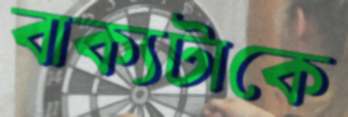
বাক্যটাকে